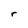
Character: r